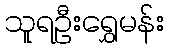
သူရဦးရွှေမန်း